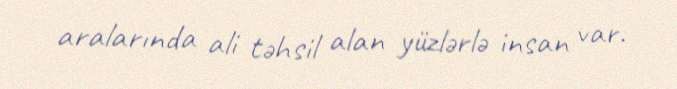
aralarında ali təhsil alan yüzlərlə insan var.